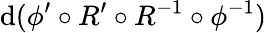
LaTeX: \mathrm{d}(\phi^{\prime}\circ R^{\prime}\circ R^{-1}\circ\phi^{-1})